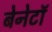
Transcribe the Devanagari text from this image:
बेनेटॉ